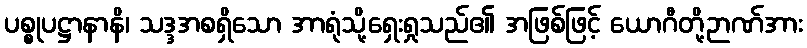
ပစ္စုပဋ္ဌာနာနိ၊ သဒ္ဒအစရှိသော အာရုံသို့ရှေးရှုသည်၏ အဖြစ်ဖြင့် ယောဂီတို့ဉာဏ်အား